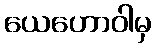
ယေဟောဝါမှ